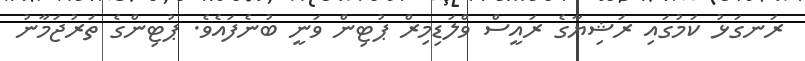
ރަނގަޅު ކަމުގައި ރަޝިޔާގެ ރައީސް ވްލަޑިމިރް ޕުޓިން ވަނީ ބުނެފައެވެ. ޕުޓިންގެ ތަރުޖަމާނު